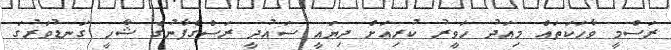
ރަސްމީ ވާހަކަތައް މިއަދު ހަވީރު ކުރިއަށް ދިޔައީ ސައުދީ ރަސްގެފާނުގެ ޝާހީ ގަނޑުވަރުގަ